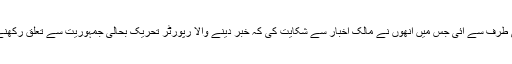
آخری وضاحت ایس پی کی طرف سے آئی جس میں انھوں نے مالک اخبار سے شکایت کی کہ خبر دینے والا رپورٹر تحریک بحالی جمہوریت سے تعلق رکھنے والے رہنما کا بھائی ہے۔